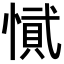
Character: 𭞎